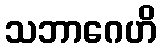
သဘာဂေဟိ